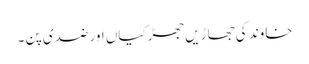
خاوند کی جھاڑیں جھڑکیاں اور ضدی پن ۔